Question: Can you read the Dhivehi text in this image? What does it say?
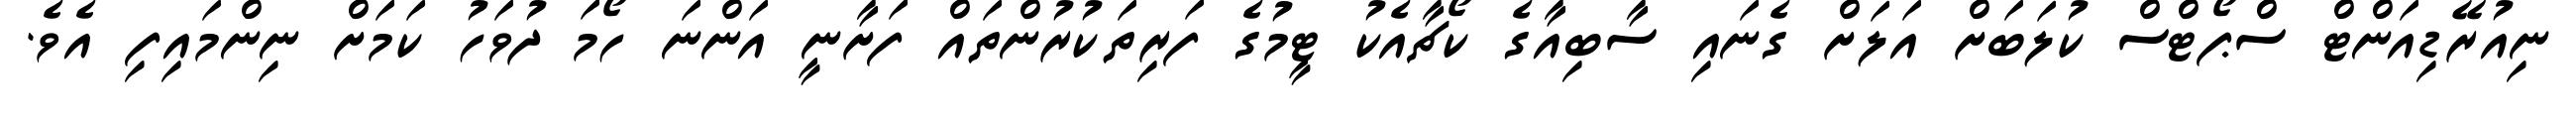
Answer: ނިއުރޭޑިއަންޓް ސްޕޯޓްސް ކުލަބަށް އަލަށް ގެނައި ސާބިއާގެ ކޯޗާއެކު ޓީމުގެ ފަރިތަކުރުންތައް ފަށާނީ އަންނަ ހޯމަ ދުވަހު ކަމަށް ނިންމައިފި އެވެ.